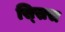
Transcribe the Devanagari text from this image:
स्स्रिस